Mental hospitals Bombay report 1929-33 - 1929-1933
Year: 1929
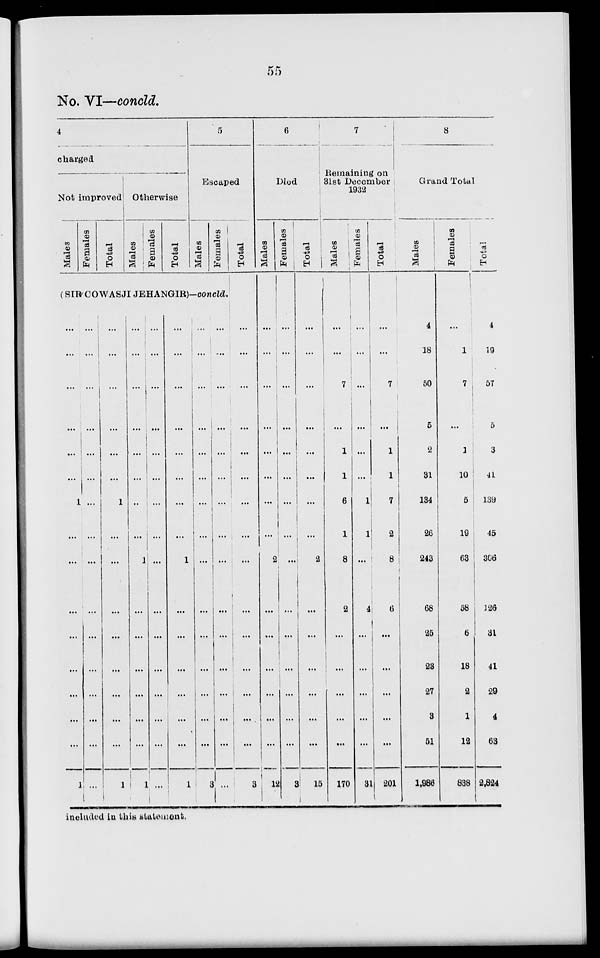
55
No. VI—concld.
4
charged
Not improved
Males
Females
Total
Otherwise
Males
Females
Total
5
Escaped
Males
Females
Total
(SIR-COWASJI JEHANGIR)-concld.
...
...
...
...
...
...
1
...
...
...
...
...
...
...
...
1
...
...
...
...
...
...
...
...
...
...
...
...
...
...
...
...
...
...
...
...
...
...
1
...
...
...
...
...
...
...
...
1
...
...
...
...
...
...
...
...
1
...
...
...
...
...
...
1
...
...
...
...
...
...
...
...
...
...
...
...
...
...
...
...
...
...
...
...
...
...
...
...
1
...
...
...
...
...
...
1
...
...
...
...
...
...
...
...
...
...
...
...
...
...
...
3
...
...
...
...
...
...
...
...
...
...
...
...
...
...
...
...
...
...
...
...
...
...
...
...
...
...
...
...
...
...
...
3
6
Died
Males
...
...
...
...
...
...
...
...
2
...
...
...
...
...
...
12
Females
...
...
...
...
...
...
...
...
...
...
...
...
...
...
...
93
Total
...
...
...
...
...
...
...
...
2
...
...
...
...
...
...
15
7
Remaining on
31st December
1932
Males
...
...
7
...
1
1
6
1
8
2
...
...
...
...
...
170
Females
...
...
...
...
...
...
1
1
...
4
...
...
...
...
...
31
Total
...
...
7
...
1
1
7
2
8
6
...
...
...
...
...
201
8
Grand Total
Males
4
18
50
5
2
31
134
26
243
68
25
23
27
3
51
1,986
Females
...
1
7
...
1
10
5
19
63
58
6
18
2
1
12
838
Total
4
19
57
5
3
41
139
45
306
126
31
41
29
4
63
2.824
included in this statement.